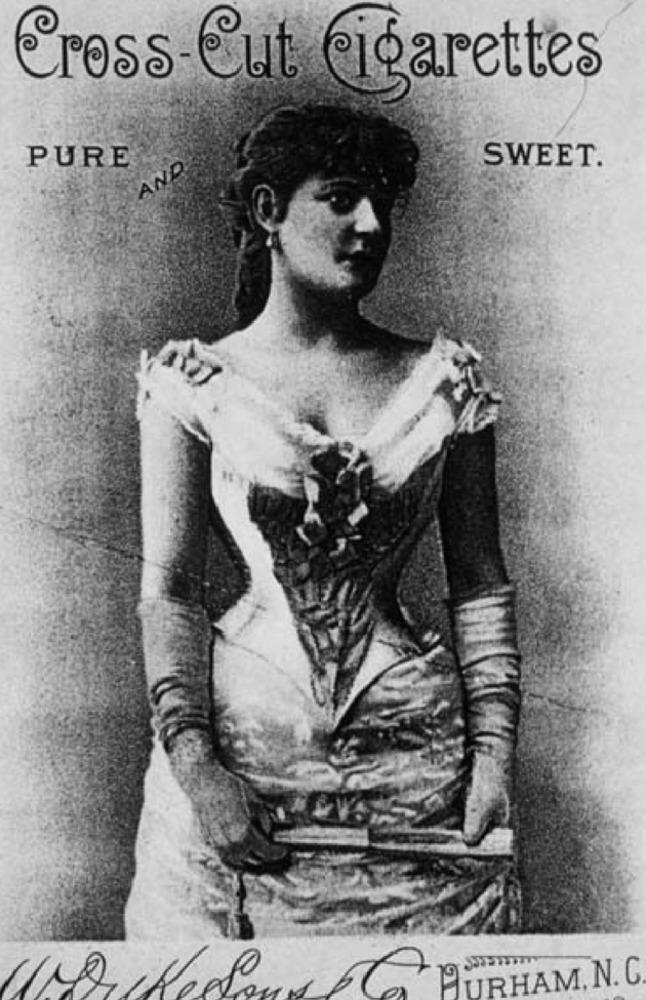
Cross Cut cigarettes
SWEET.
PURE
AND
HURHAM. N. C